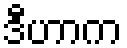
ဒီဟာက